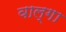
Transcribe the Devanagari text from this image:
वाल्गा